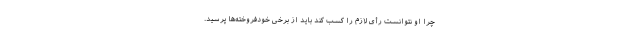
چرا او نتوانست رأی لازم را کسب کند باید از برخی خودفروخته‌ها پرسید.